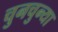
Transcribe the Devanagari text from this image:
चुनचुन्या